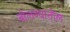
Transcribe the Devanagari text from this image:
बोलण्यातील